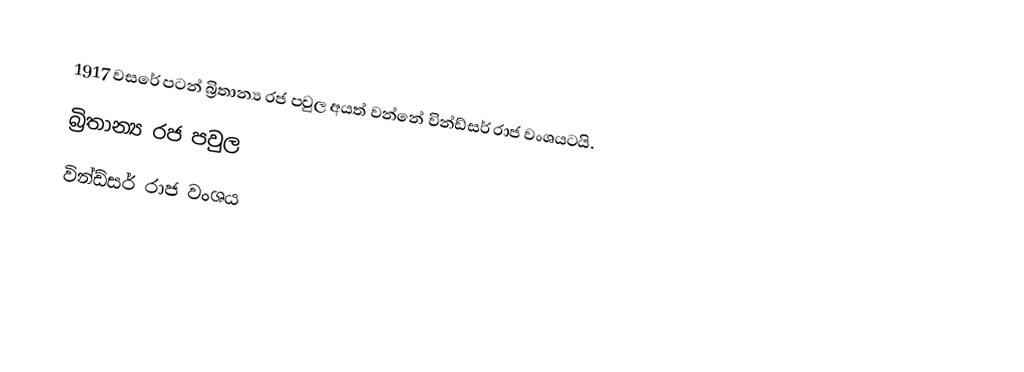
1917 වසරේ පටන් බ්‍රිතාන්‍ය රජ පවුල අයත් වන්නේ වින්ඩ්සර් රාජ වංශයටයි.
බ්‍රිතාන්‍ය රජ පවුල
වින්ඩ්සර් රාජ වංශය